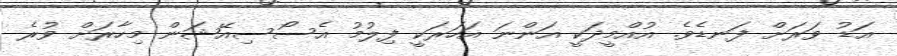
އަޑު ވަރަށް ފަނޑެވެ. އުއްމީދަކީ އަންނަ އަހަރަކީ ފިލުމު އެސޯސިއޭޝަން މިހާރަށް ވުރެ